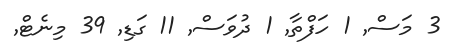
3 މަސް